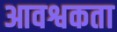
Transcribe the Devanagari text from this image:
आवश्वकता